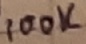
Text: 100K